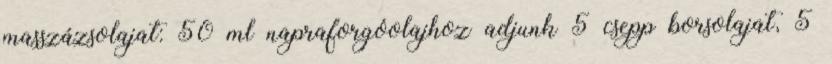
masszázsolajat: 50 ml napraforgóolajhoz adjunk 5 csepp borsolajat, 5